Indian journal of veterinary science and animal husbandry - Volume 12,
Year: 1942
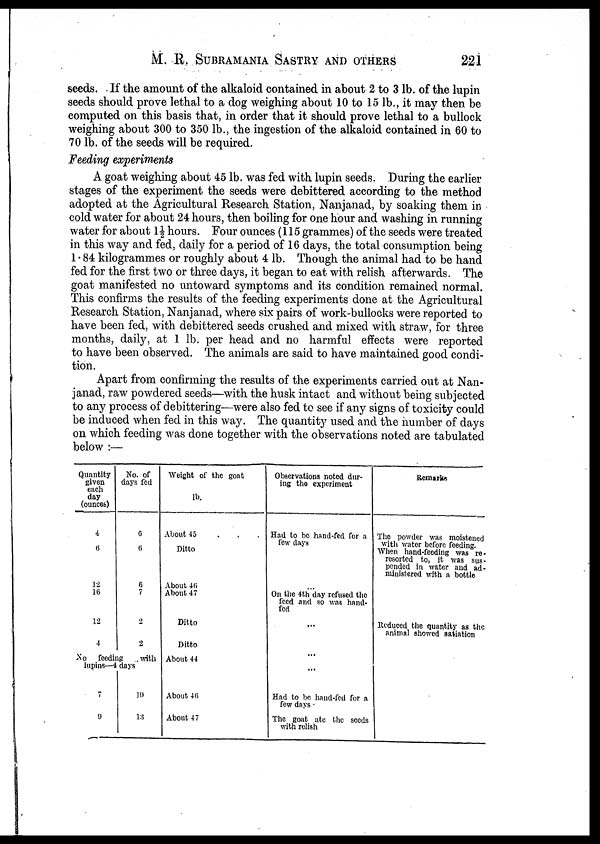
M. R. SUBRAMANIA SASTRY AND OTHERS
221
seeds. If the amount of the alkaloid contained in about 2 to 3 lb. of the lupin
seeds should prove lethal to a dog weighing about 10 to 1.5 lb., it may then be
computed on this basis that, in order that it should prove lethal to a bullock
weighing about 300 to 350 lb., the ingestion of the alkaloid contained in 60 to
70 lb. of the seeds will be required.
Feeding experiments
A goat weighing about 45 lb. was fed with lupin seeds. During the earlier
stages of the experiment the seeds were debittered according to the method
adopted at the Agricultural Research Station, Nanjanad, by soaking them in
cold water for about 24 hours, then boiling for one hour and washing in running
water for about 1½ hours. Four ounces (115 grammes) of the seeds were treated
in this way and fed, daily for a period of 16 days, the total consumption being
1.84 kilogrammes or roughly about 4 lb. Though the animal had to be hand
fed for the first two or three days, it began to eat with relish afterwards. The
goat manifested no untoward symptoms and its condition remained normal.
This confirms the results of the feeding experiments done at the Agricultural
Research Station, Nanjanad, where six pairs of work-bullocks were reported to
have been fed, with debittered seeds crushed and mixed with straw, for three
months, daily, at 1 lb. per head and no harmful effects were reported
to have been observed. The animals are said to have maintained good condi-
tion.
Apart from confirming the results of the experiments carried out at Nan-
janad, raw powdered seeds—with the husk intact and without being subjected
to any process of debittering—were also fed to see if any signs of toxicity could
be induced when fed in this way. The quantity used and the number of days
on which feeding was done together with the observations noted are tabulated
below :—
Quantity
given
each
day
(ounces)
4
6
12
16
12
4
No. of
days fed
6 6
6
7
2
2
No fceding
with
lupins—4 days
7
9
10
13
Weight of the goat
lb.
About 45 . . .
Ditto
About 46
About 47
Ditto
Ditto
About 44
About 46
About 47
Observations noted dur-
ing the experiment
Had to be hand-fed for a
few days
...
On the 4th day refused the
feed and so was hand-
fed
...
...
...
...
Had to be hand-fed for a
few days
The goat ate the seeds
with relish
Remarks
The powder was moistened
with water before feeding.
When hand-feeding was re¬
resorted to, it was sus-
pended in water and ad-
ministered with a bottle
Reduced the quantity as the
animal showed satiation